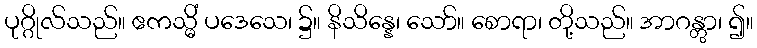
ပုဂ္ဂိုလ်သည်။ ဧကသ္မိံ ပဒေသေ၊ ၌။ နိသိန္နေ၊ သော်။ စောရာ၊ တို့သည်။ အာဂန္တွာ၊ ၍။